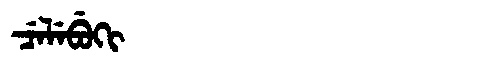
Manchu: ᠴᡝᠯᡝᠪᡠᡴᡳ
Romanization: CELEBUKI